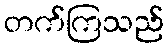
တက်ကြသည်